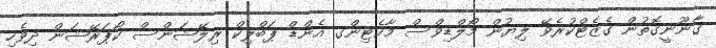
ޤާނޫނީގޮތުން ގެޒެޓްކުރެވޭ ލިޔުން މޯލްޑިވްސް މާކެޓިންގ އެންޑް ޕަބްލިކް ރިލޭޝަންސް ކޯޕަރޭޝަން ދިވެހި